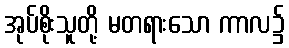
အုပ်စိုးသူတို့ မတရားသော ကာလ၌